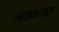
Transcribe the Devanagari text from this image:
लायकरगस